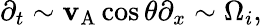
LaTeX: \partial_{t}\sim\mathbf{v}_{\mathrm{{A}}}\cos\theta\partial_{x}\sim\Omega_{i},